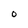
Character: O